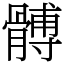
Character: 髆